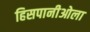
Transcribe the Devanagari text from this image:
हिसपानीओला